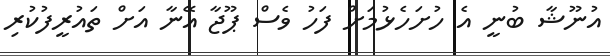
އުނޫޝާ ބުނީ އެ ހުށަހެޅުމަށް ފަހު ވެސް ޕޫޖާ އޭނާ އަށް ތައުރީފުކުރި